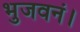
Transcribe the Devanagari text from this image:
भुजवनं।